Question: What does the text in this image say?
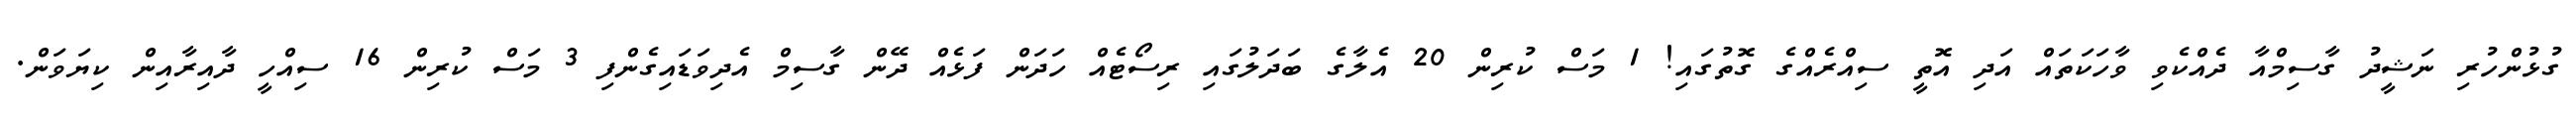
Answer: ގުޅުންހުރި ނަޝީދު ގާސިމްއާ ދެއްކެވި ވާހަކަތައް އަދި އޮތީ ސިއްރެއްގެ ގޮތުގައި! 1 މަސް ކުރިން 20 އެލާގެ ބަދަލުގައި ރިސޯޓެއް ހަދަން ފަޅެއް ދޭން ގާސިމް އެދިވަޑައިގެންފި 3 މަސް ކުރިން 16 ސިއްހީ ދާއިރާއިން ކިޔަވަން.